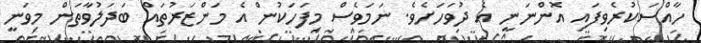
ހާއްސަކުރެވިފައި އޮންނަނީ އެ ދުވަހަށެވެ. ނަމަވެސް މިފަހަކުން އެ މަންޒަރުތައް ބަދަލުވާތަން މިވަނީ